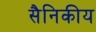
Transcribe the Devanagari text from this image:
सैनिकीय